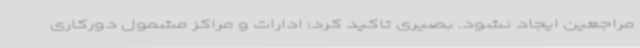
مراجعین ایجاد نشود. بصیری تاکید کرد: ادارات و مراکز مشمول دورکاری